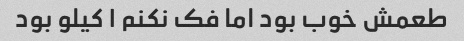
طعمش خوب بود اما فک نکنم ۱ کیلو بود